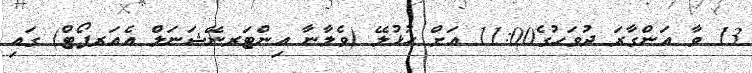
13 ވާ އަންގާރަ ދުވަހުގެ11:00 އަށް ހުޅުލޭ (ވެލާނާ އިންޓަރނޭޝަނަލް އެއަރޕޯޓް) ގައި